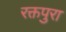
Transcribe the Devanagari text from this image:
रक्तपुरा